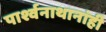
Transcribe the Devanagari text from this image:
पार्श्वनाथानांही